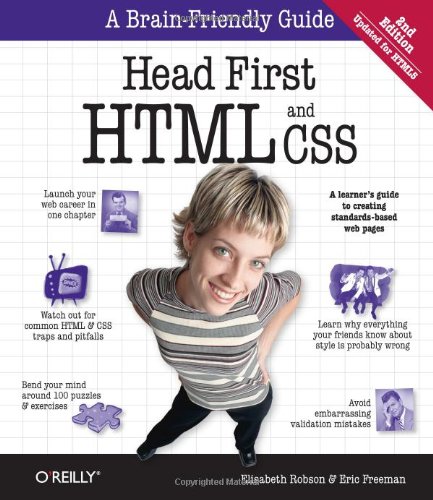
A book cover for Head First HTML and CSS; Elisabeth Robson; Computers & Technology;